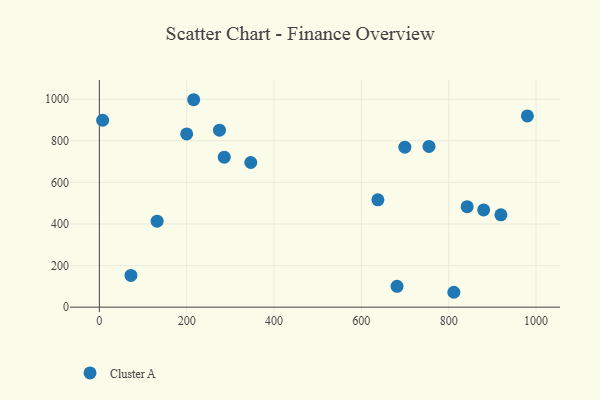
{"axis": {"x": "Experience", "y": "Demand"}, "legend": ["Cluster A"], "data": [{"x": "72.3", "y": 152.8, "type": "Cluster A"}, {"x": "132.3", "y": 413.4, "type": "Cluster A"}, {"x": "681.7", "y": 100.1, "type": "Cluster A"}, {"x": "811.8", "y": 71.6, "type": "Cluster A"}, {"x": "637.9", "y": 515.9, "type": "Cluster A"}, {"x": "880.1", "y": 467.5, "type": "Cluster A"}, {"x": "699.6", "y": 769.2, "type": "Cluster A"}, {"x": "754.9", "y": 773.0, "type": "Cluster A"}, {"x": "7.5", "y": 898.6, "type": "Cluster A"}, {"x": "919.5", "y": 444.1, "type": "Cluster A"}, {"x": "980.2", "y": 919.4, "type": "Cluster A"}, {"x": "200.0", "y": 833.1, "type": "Cluster A"}, {"x": "842.3", "y": 483.3, "type": "Cluster A"}, {"x": "286.0", "y": 720.9, "type": "Cluster A"}, {"x": "216.0", "y": 997.3, "type": "Cluster A"}, {"x": "346.8", "y": 695.4, "type": "Cluster A"}, {"x": "275.1", "y": 850.9, "type": "Cluster A"}]}